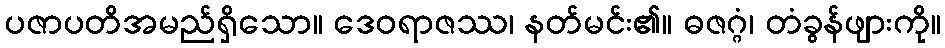
ပဇာပတိအမည်ရှိသော။ ဒေဝရာဇဿ၊ နတ်မင်း၏။ ဓဇဂ္ဂံ၊ တံခွန်ဖျားကို။